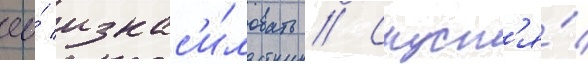
ео́ изнас'и́ловать // Спуст'я́